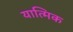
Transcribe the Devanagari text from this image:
यात्मिक